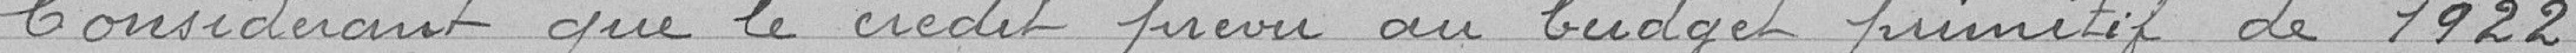
Considérant que le crédit prévu au budget primitif de 1922